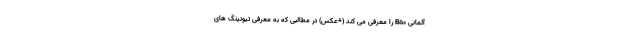
آلمانی B50 را معرفی می کند (+عکس) در مطالبی که به معرفی تیونینگ های